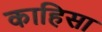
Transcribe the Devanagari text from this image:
काहिसा